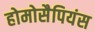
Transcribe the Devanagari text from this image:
होमोसैपियंस